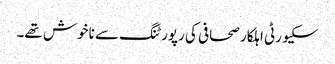
سکیورٹی اہلکار صحافی کی رپورٹنگ سے ناخوش تھے۔